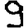
Digit: 9